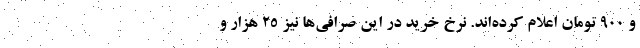
و ۹۰۰ تومان اعلام کرده‌اند. نرخ خرید در این صرافی‌ها نیز ۲۵ هزار و